Scientific memoirs by medical officers of the Army of India - Part XI,
Year: 1898
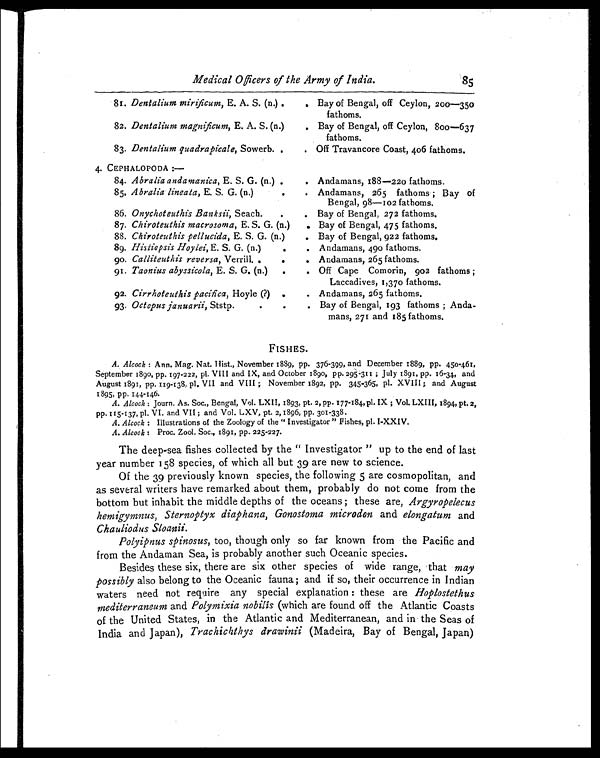
Medical Officers of the Army of India.
85
81. Dentalium mirificum, E. A. S. (n.) .
Bay of Bengal, off Ceylon, 200-350
fathoms.
82. Dentalium magnificum, E. A. S. (n.)
. Bay of Bengal, off Ceylon, 800-637
fathoms.
83. Dentalium quadrapicale, Sowerb. .
. Off Travancore Coast, 406 fathoms.
4 . C E P H A L O P O D A : —
Andamans, 188-220 fathoms.
84. Abralia andamanica, E. S. G. (n.) .
.
85. Abralia lineata, E. S. G. (n.)
.
. Andamans, 265 fathoms ; Bay of
Bengal, 98-102 fathoms.
86. Onychoteuthis Banksii, Seach.
.
. Bay of Bengal, 272 fathoms.
87. Chiroteuthis macrosoma, E. S. G. (n.)
. Bay of Bengal, 475 fathoms.
88. Chiroteuthis pellucida, E. S. G. (n.)
. Bay of Bengal, 922 fathoms.
89. Hisaopsis Hoylei, E. S. G. (n.)
.
. Andamans, 490 fathoms.
90. Calliteuthis reversa, Verrill. .
.
. Andamans, 265 fathoms.
91. Taonius abyssicola, E. S. G. (n.) .
. Off Cape Comorin, 902 fathoms ;
Laccadives, 1,370 fathoms.
92. Cirrhoteuthis pacifica, Hoyle (?) .
. Andamans, 265 fathoms.
93. Octopus januarii, Ststp.
•
•
. Bay of Bengal, 193 fathoms ; Anda-
mans, 271 and 185 fathoms.
FISHES.
A. Alcock : Ann. Mag. Nat. Hist., November 1889, pp. 376-399, and December 1889, pp. 450-461,
September 1890, pp. 197-222, pl. VIII and IX, and October 1890, pp. 295-311 ; July 1891, pp. 16-34, and
August 1891, pp. 119.138, VII and VIII ; November 1892, pp. 345-365, p1. XVIII ; and August
1895, pp. 144-146.
A. Alcock : Journ. As. Soc., Bengal, Vol. LXII, 1893, pt. 2, pp. 177-184, pl. IX ; Vol. LXIII, 1894, pt. 2,
pp. 115-137, pl. VI. and VII ; and Vol. LXV, pt. 2, 1896, pp. 301-338.
A. Alcock : Illustrations of the Zoology of the " Investigator" Fishes, p1. I-XXIV.
A. Alcock : Proc. Zool. Soc., 1891, pp. 225-227.
The deep-sea fishes collected by the " Investigator " up to the end of last
year number 158 species, of which all but 39 are new to science.
Of the 39 previously known species, the following 5 are cosmopolitan, and
as several writers have remarked about them, probably do not come from the
bottom but inhabit the middle depths of the oceans ; these are, Argyropelecus
hemigymnus, Sternoptyx diaphana, Gonostoma microdon and elongatum and
Chauliodus Sloanii.
Polyipnus spinosus, too, though only so far known from the Pacific and
from the Andaman Sea, is probably another such Oceanic species.
Besides these six, there are six other species of wide range, that may
possibly also belong to the Oceanic fauna; and if so, their occurrence in Indian
waters need not require any special explanation : these are Hoplostethus
mediterraneum and Polymixia nobilis (which are found off the Atlantic Coasts
of the United States, in the Atlantic and Mediterranean, and in the Seas of
India and Japan), Trachichthys drawinii (Madeira, Bay of Bengal, Japan)